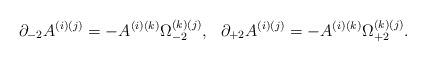
LaTeX: \begin{align*}\partial_{-2}A^{(i)(j)}=-A^{(i)(k)}\Omega^{(k)(j)}_{-2},\ \ \partial_{+2}A^{(i)(j)}=-A^{(i)(k)}\Omega^{(k)(j)}_{+2}.\end{align*}